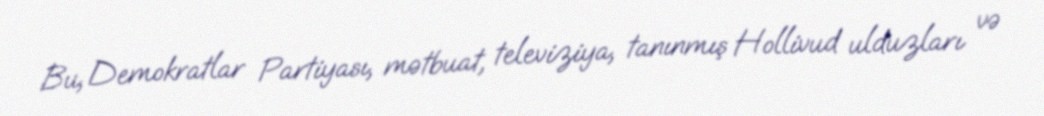
Bu, Demokratlar Partiyası, mətbuat, televiziya, tanınmış Hollivud ulduzları və